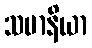
သမာနိယာ